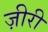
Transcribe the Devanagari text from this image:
ज़ीरी